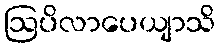
ဩပိလာပေယျာသိ